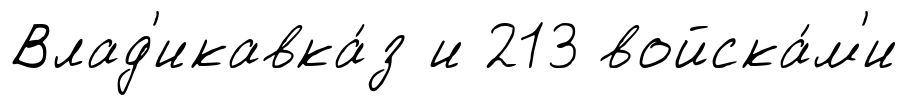
Влад'икавка́з и 213 войска́м'и